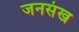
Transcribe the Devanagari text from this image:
जनसंख